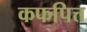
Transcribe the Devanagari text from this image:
कफपित्त